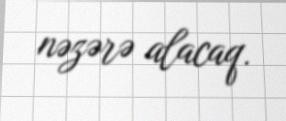
nəzərə alacaq.